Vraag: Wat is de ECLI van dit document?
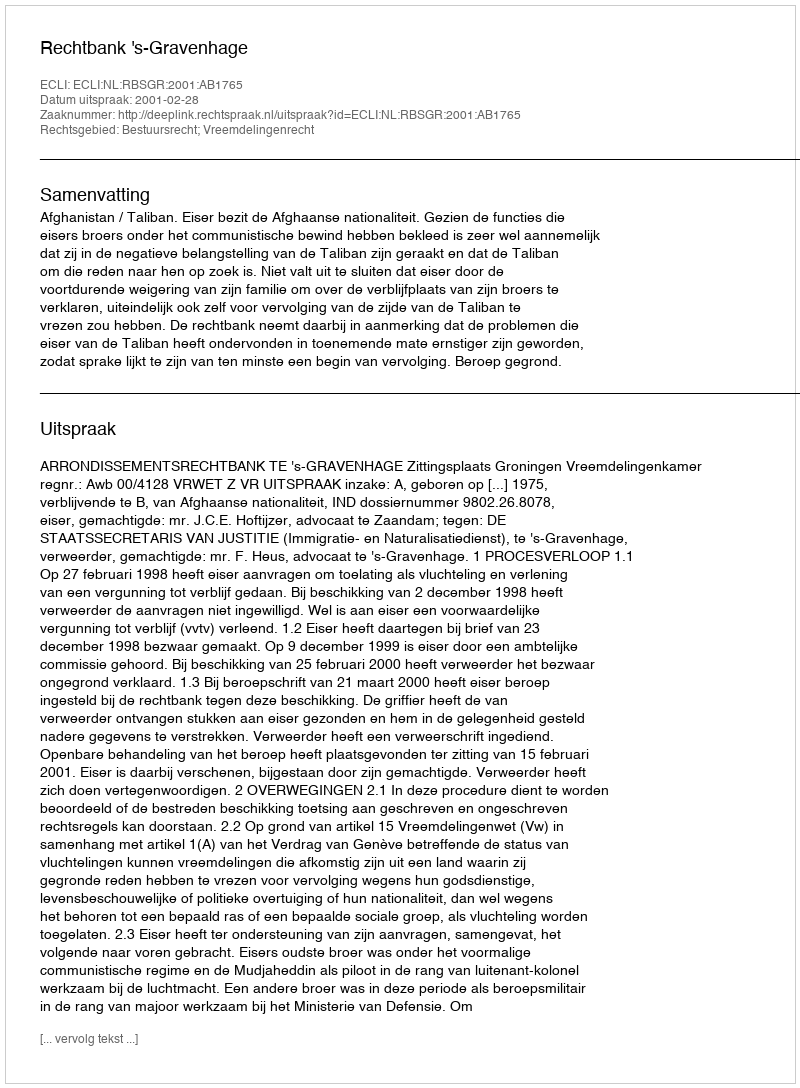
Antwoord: ECLI:NL:RBSGR:2001:AB1765